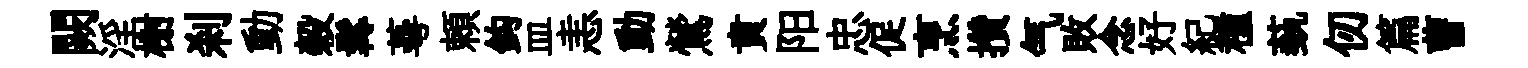
闕淫榭刹動榖髯蕚頼鈎皿恚動鶯賁阳忠促烹攢气敗念好紀種蓺仞篇曹